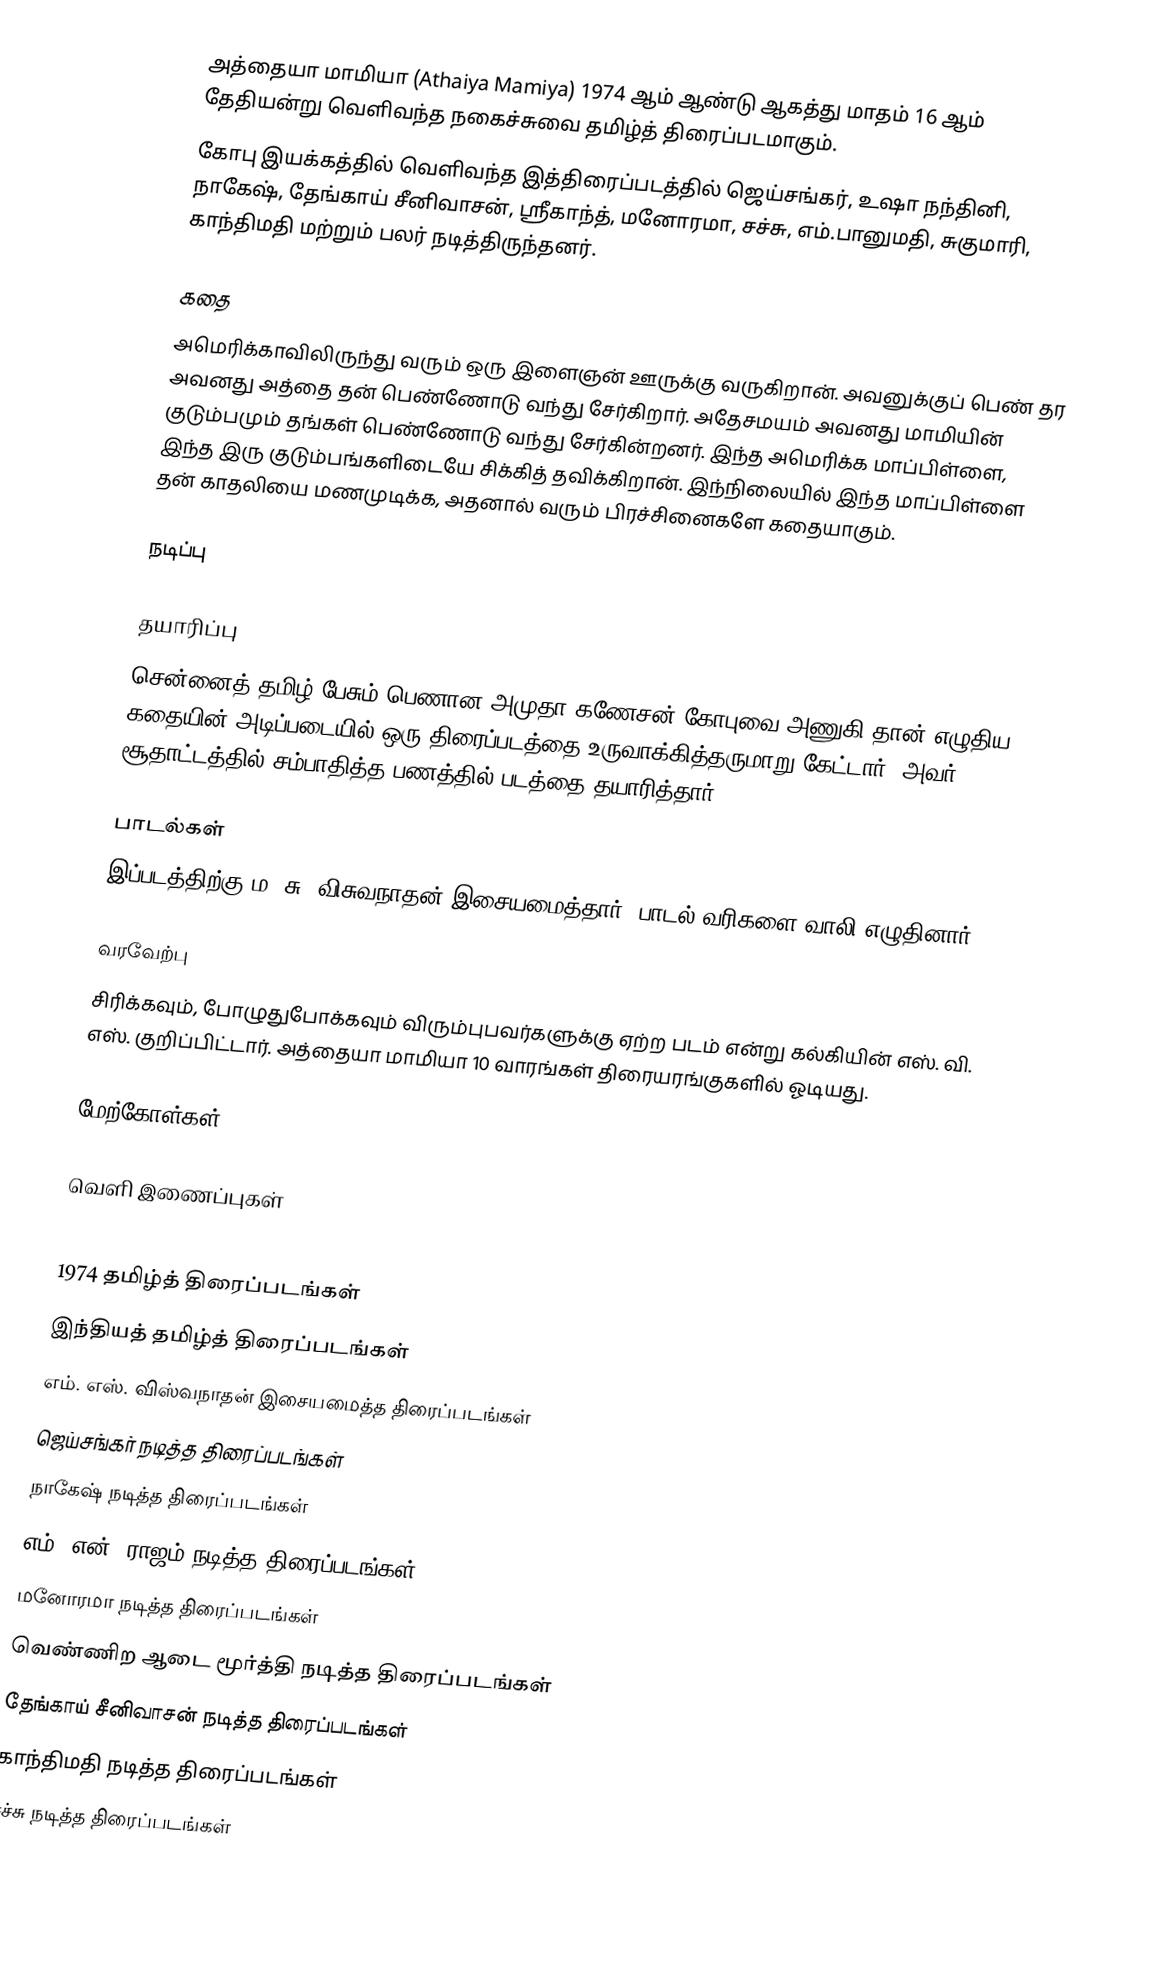
அத்தையா மாமியா (Athaiya Mamiya) 1974 ஆம் ஆண்டு ஆகத்து மாதம் 16 ஆம் தேதியன்று வெளிவந்த நகைச்சுவை தமிழ்த் திரைப்படமாகும்.
கோபு இயக்கத்தில் வெளிவந்த இத்திரைப்படத்தில் ஜெய்சங்கர், உஷா நந்தினி,  நாகேஷ், தேங்காய் சீனிவாசன், ஸ்ரீகாந்த், மனோரமா, சச்சு, எம்.பானுமதி, சுகுமாரி, காந்திமதி மற்றும் பலர் நடித்திருந்தனர்.

கதை
அமெரிக்காவிலிருந்து வரும் ஒரு இளைஞன் ஊருக்கு வருகிறான். அவனுக்குப் பெண் தர அவனது அத்தை தன் பெண்ணோடு வந்து சேர்கிறார். அதேசமயம் அவனது மாமியின் குடும்பமும் தங்கள் பெண்ணோடு வந்து சேர்கின்றனர். இந்த அமெரிக்க மாப்பிள்ளை, இந்த இரு குடும்பங்களிடையே சிக்கித் தவிக்கிறான். இந்நிலையில் இந்த மாப்பிள்ளை தன் காதலியை மணமுடிக்க, அதனால் வரும் பிரச்சினைகளே கதையாகும்.

நடிப்பு

தயாரிப்பு
சென்னைத் தமிழ் பேசும் பெணான அமுதா கணேசன் கோபுவை அணுகி தான் எழுதிய கதையின் அடிப்படையில் ஒரு திரைப்படத்தை உருவாக்கித்தருமாறு கேட்டார். அவர் சூதாட்டத்தில் சம்பாதித்த பணத்தில் படத்தை தயாரித்தார்.

பாடல்கள்
இப்படத்திற்கு ம. சு. விசுவநாதன் இசையமைத்தார். பாடல் வரிகளை வாலி எழுதினார்.

வரவேற்பு
சிரிக்கவும், போழுதுபோக்கவும் விரும்புபவர்களுக்கு ஏற்ற படம் என்று கல்கியின் எஸ். வி. எஸ். குறிப்பிட்டார். அத்தையா மாமியா 10 வாரங்கள் திரையரங்குகளில் ஓடியது.

மேற்கோள்கள்

வெளி இணைப்புகள்

1974 தமிழ்த் திரைப்படங்கள்
இந்தியத் தமிழ்த் திரைப்படங்கள்
எம். எஸ். விஸ்வநாதன் இசையமைத்த திரைப்படங்கள்
ஜெய்சங்கர் நடித்த திரைப்படங்கள்
நாகேஷ் நடித்த திரைப்படங்கள்
எம். என். ராஜம் நடித்த திரைப்படங்கள்
மனோரமா நடித்த திரைப்படங்கள்
வெண்ணிற ஆடை மூர்த்தி நடித்த திரைப்படங்கள்
தேங்காய் சீனிவாசன் நடித்த திரைப்படங்கள்
காந்திமதி நடித்த திரைப்படங்கள்
சச்சு நடித்த திரைப்படங்கள்